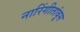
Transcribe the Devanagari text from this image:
नारिंगीतांबूस